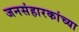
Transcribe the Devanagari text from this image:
जनसंहारकांच्या